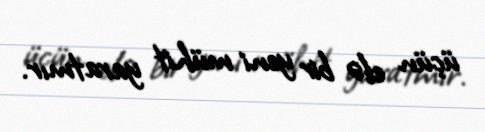
üçün elə bir yeni mühit yaratmır.